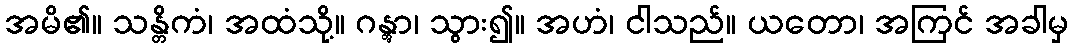
အမိ၏။ သန္တိကံ၊ အထံသို့။ ဂန္တွာ၊ သွား၍။ အဟံ၊ ငါသည်။ ယတော၊ အကြင် အခါမှ